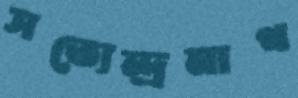
সত্যেন্দ্রনাথ